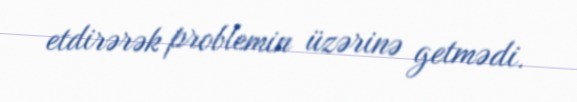
etdirərək problemin üzərinə getmədi.